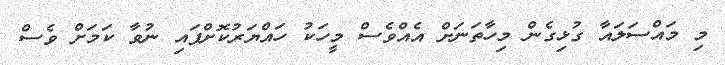
މި މައްސަލައާ ގުޅިގެން މިހާތަނަށް އެއްވެސް މީހަކު ހައްޔަރުކޮށްފައި ނުވާ ކަމަށް ވެސް